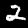
Digit: 2